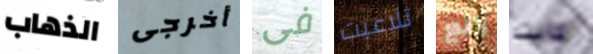
الذهاب أخرجى فى تلاعبت رائع كانت